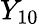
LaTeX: Y_{10}